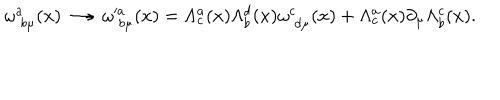
\omega _ { \; b \mu } ^ { a } ( x ) \longrightarrow \omega _ { \; b \mu } ^ { \prime a } ( x ) = \Lambda _ { c } ^ { a } ( x ) \Lambda _ { b } ^ { d } ( x ) \omega _ { \; d \mu } ^ { c } ( x ) + \Lambda _ { c } ^ { a } ( x ) \partial _ { \mu } \Lambda _ { b } ^ { c } ( x ) .